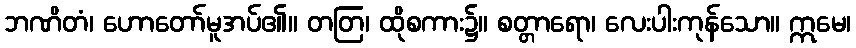
ဘဏိတံ၊ ဟောတော်မူအပ်၏။ တတြ၊ ထိုစကား၌။ စတ္တာရော၊ လေးပါးကုန်သော။ ဣမေ၊